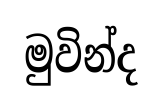
මුවින්ද